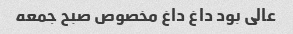
عالی بود داغ داغ مخصوص صبح جمعه